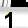
Digit: 1